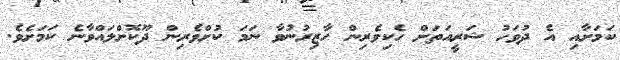
ކަމަށާއި އެ ދުވަހު ޝަރީއަތަށް ހެކިވެރިން ހާޒިރުނުވާ ނަމަ ކުށްވެރިން ދޫކޮށްލައްވާނެ ކަމަށެވެ.